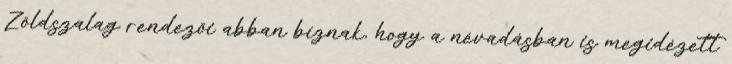
Zöldszalag rendezői abban bíznak, hogy a névadásban is megidézett